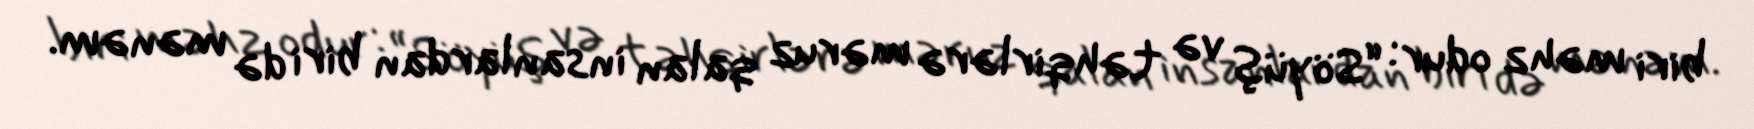
biri məhz odur: “Söyüş və təhqirlərə məruz qalan insanlardan biri də mənəm.